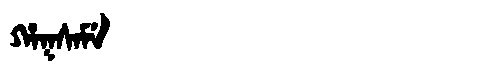
Manchu: ᡥᠠᡴᠰᠠᠮᡝ
Romanization: HAKSAME